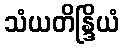
သံယတိန္ဒြိယံ